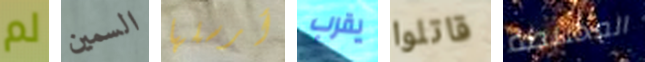
لم السمين أرسلها يقرب قاتلوا المختلطة